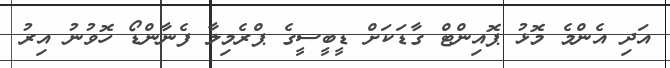
އަދި އެންމެ މޮޅު ޕޮއިންޓް ގާޑަކަށް ޑީބީސީގެ ޕްރެމިލާ ފެނާންޑޯ ހޮވުނު އިރު